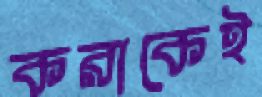
করাকেই